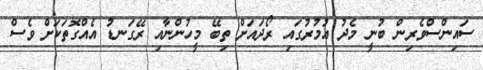
ސައިންސްވެރިން ބުނީ މެދު އުމުރުގައި ރޯދައަށް ތިބޭ މީހުންނާއި ރޭގަނޑު އެއްގޮތަކަށް ވެސް